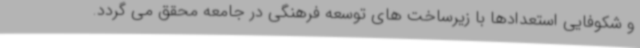
و شکوفایی استعدادها با زیرساخت های توسعه فرهنگی در جامعه محقق می گردد.